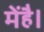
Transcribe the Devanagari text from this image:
मेंहै।